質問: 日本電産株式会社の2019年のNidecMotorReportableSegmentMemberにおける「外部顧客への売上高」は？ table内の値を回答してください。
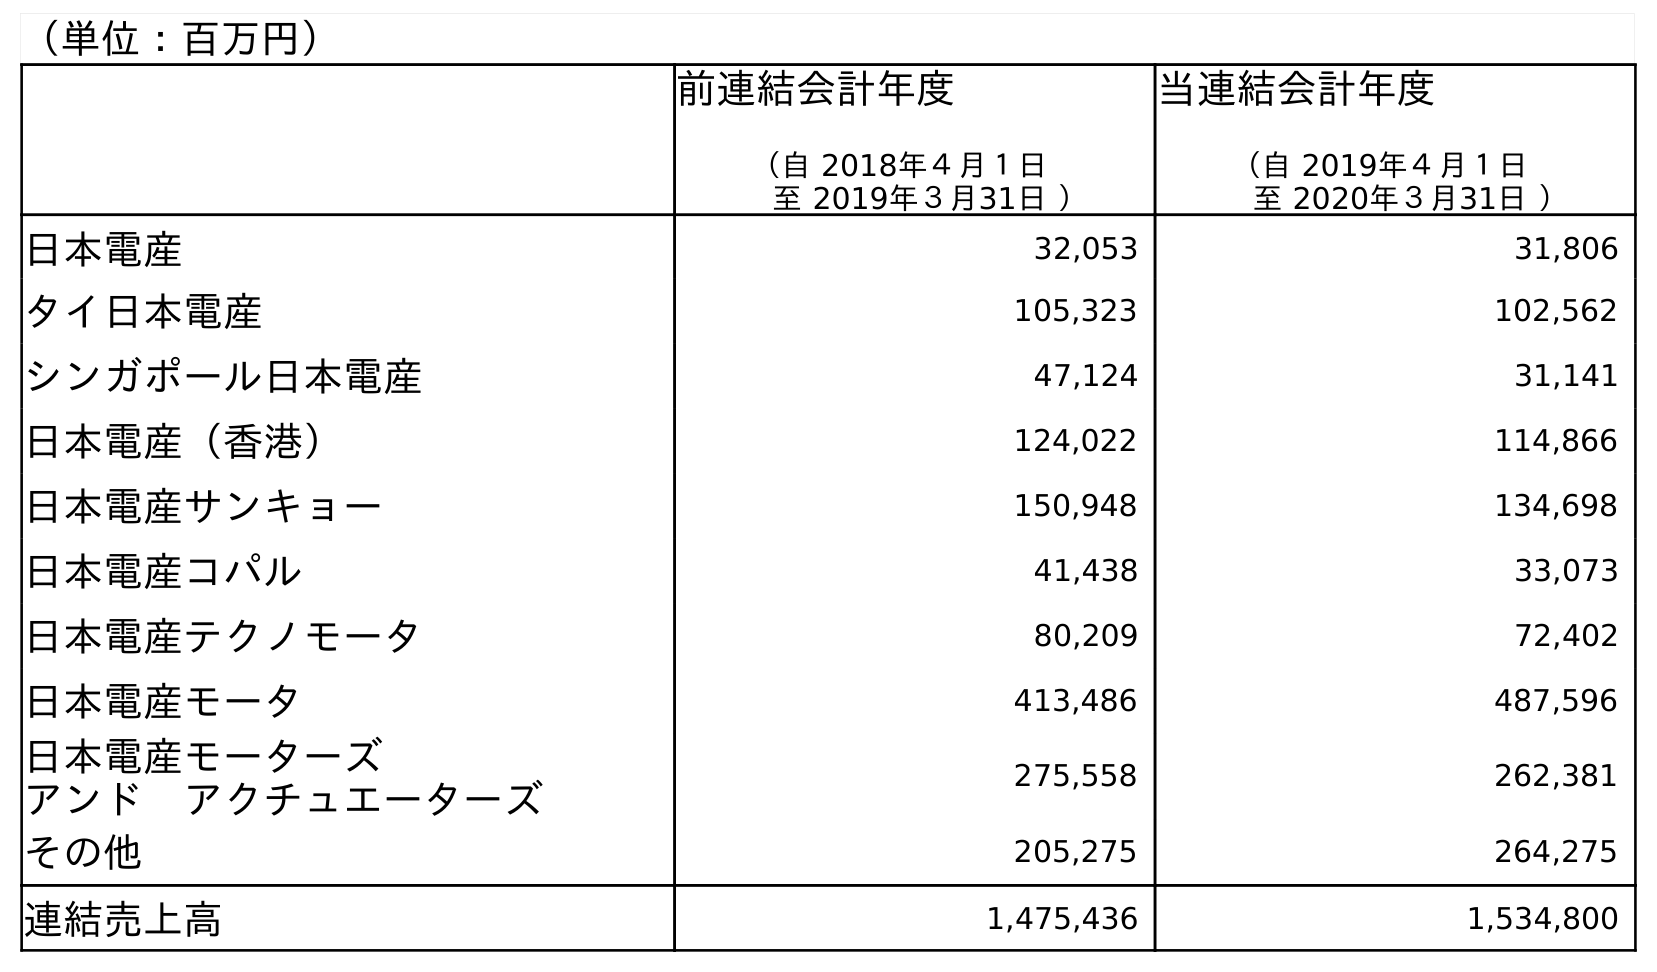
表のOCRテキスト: （単位：百万円） 前連結会計年度 （自 2018年４月１日 至 2019年３月31日 ） 当連結会計年度 （自 2019年４月１日 至 2020年３月31日 ） 日本電産 32,053 31,806 タイ日本電産 105,323 102,562 シンガポール日本電産 47,124 31,141 日本電産（香港） 124,022 114,866 日本電産サンキョー 150,948 134,698 日本電産コパル 41,438 33,073 日本電産テクノモータ 80,209 72,402 日本電産モータ 413,486 487,596 日本電産モーターズ アンド アクチュエーターズ 275,558 262,381 その他 205,275 264,275 連結売上高 1,475,436 1,534,800
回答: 413,486